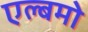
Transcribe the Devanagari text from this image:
एल्बमो